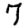
Digit: 7